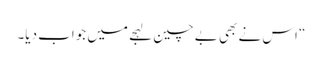
“ اس نے بھی بے چین لہجے میں جواب دیا۔